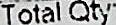
TOTAL QTY: